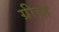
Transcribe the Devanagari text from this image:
ग्रीव्ज़